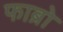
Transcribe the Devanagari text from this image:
फाब्रो